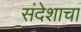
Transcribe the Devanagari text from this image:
संदेशाचा